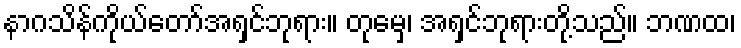
နာဂသိန်ကိုယ်တော်အရှင်ဘုရား။ တုမှေ၊ အရှင်ဘုရားတို့သည်။ ဘဏထ၊